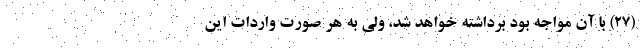
(۲۷) با آن مواجه بود برداشته خواهد شد، ولی به هر صورت واردات این